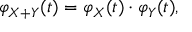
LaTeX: \varphi _ { X + Y } ( t ) = \varphi _ { X } ( t ) \cdot \varphi _ { Y } ( t ) ,